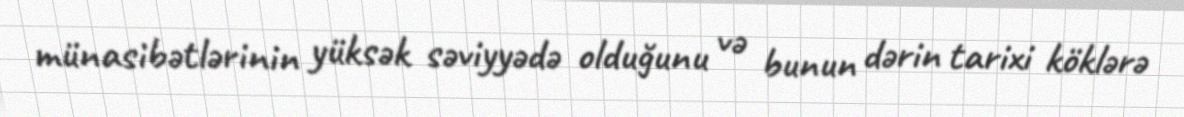
münasibətlərinin yüksək səviyyədə olduğunu və bunun dərin tarixi köklərə